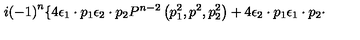
i { \left( - 1 \right) } ^ { n } \lbrace 4 { \epsilon } _ { 1 } \cdot p _ { 1 } { \epsilon } _ { 2 } \cdot p _ { 2 } P ^ { n - 2 } \left( p _ { 1 } ^ { 2 } , p ^ { 2 } , p _ { 2 } ^ { 2 } \right) + 4 { \epsilon } _ { 2 } \cdot p _ { 1 } { \epsilon } _ { 1 } \cdot p _ { 2 } \cdot